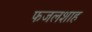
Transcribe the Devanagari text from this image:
फजलशाह